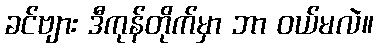
ခင်ဗျား ဒီကုန်တိုက်မှာ ဘာ ဝယ်မလဲ။